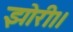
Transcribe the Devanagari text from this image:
झोरी।।